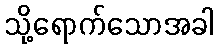
သို့ရောက်သောအခါ